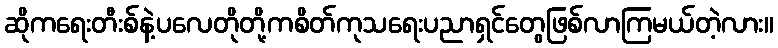
ဆိုကရေးတီးစ်နဲ့ပလေတိုတို့ကစိတ်ကုသရေးပညာရှင်တွေဖြစ်လာကြမယ်တဲ့လား။